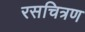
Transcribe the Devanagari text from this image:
रसचित्रण